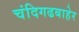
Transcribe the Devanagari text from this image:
चंदिगढबाहेर